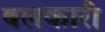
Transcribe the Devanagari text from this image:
बलकारी